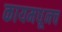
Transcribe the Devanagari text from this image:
कायमधूनच